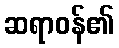
ဆရာဝန်၏